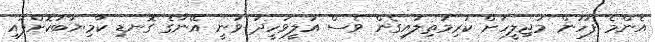
އެންމެ ފަހުން މަޖިލީހަށް ކުރިމަތިލައިގެން ވެސް އަލީވަހީދު ވަނީ އޭނާގެ ގޮނޑި ކާމިޔާބުކޮށްފައި